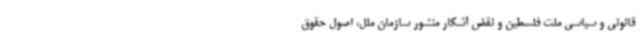
قانونی و سیاسی ملت فلسطین و نقض آشکار منشور سازمان ملل، اصول حقوق